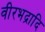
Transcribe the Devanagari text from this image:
वीरभद्रादि